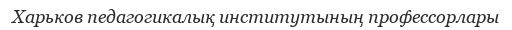
Харьков педагогикалық институтының профессорлары